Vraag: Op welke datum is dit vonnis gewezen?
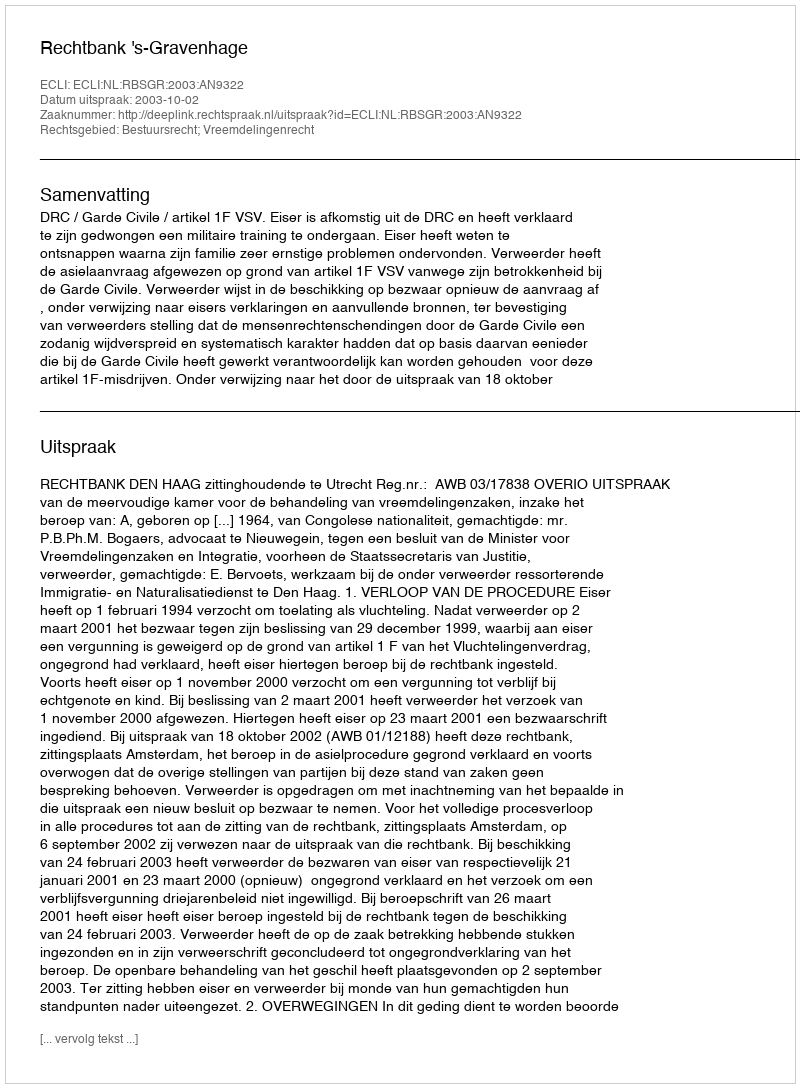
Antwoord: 2003-10-02